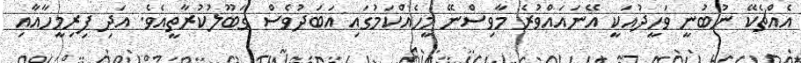
އެއްޗެކޭ ނުބުނީ ވަހީދުއަކީ އޭނައައްވުރެ މާވިސްނޭ މީހެއްކަމުގައި އަބަދުވެސް ގަބޫލުކުރާތީއެވެ. އަދި ފިރިމީހާއާއި